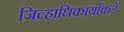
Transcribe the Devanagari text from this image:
जिल्हाधिकार्यांकडे